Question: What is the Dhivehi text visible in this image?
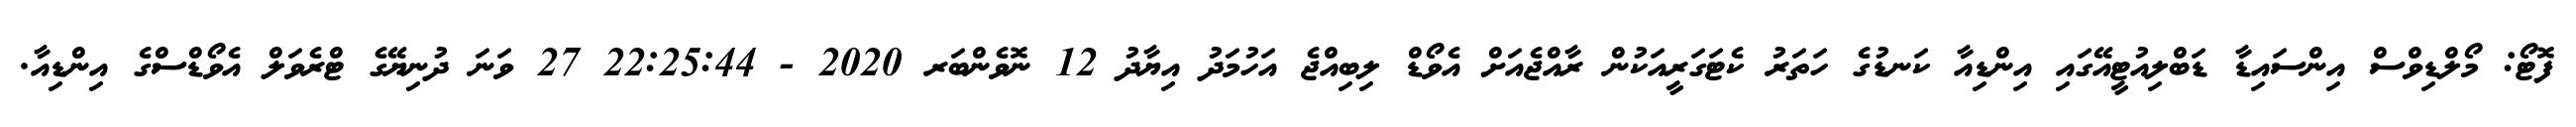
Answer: ފޮޓޯ: މޯލްޑިވްސް އިންސައިޑާ ޑަބްލިއުޓީއޭގައި އިންޑިއާ ކަނޑުގެ ހަތަރު ކެޓަގަރީއަކުން ރާއްޖެއަށް އެވޯޑް ލިބިއްޖެ އަހުމަދު އިޔާދު 12 ނޮވެންބަރ 2020 - 22:25:44 27 ވަނަ ދުނިޔޭގެ ޓްރެވަލް އެވޯޑްސްގެ އިންޑިއާ.